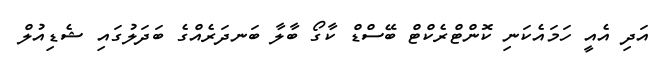
އަދި އެއީ ހަމައެކަނި ކޮންޓްރެކްޓް ބޭސްޑް ކާގޯ ބާލާ ބަނދަރެއްގެ ބަދަލުގައި ޝެޑިއުލް